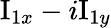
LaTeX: \mathrm{I}_{1x}-i\mathrm{I}_{1y}